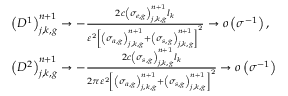
\begin{array} { l } { { \left( D ^ { 1 } \right) _ { j , k , g } ^ { n + 1 } \to - \frac { 2 c \left( \sigma _ { e , g } \right) _ { j , k , g } ^ { n + 1 } l _ { k } } { \varepsilon ^ { \mathrm { 2 } } \left[ \left( \sigma _ { a , g } \right) _ { j , k , g } ^ { n + 1 } + \left( \sigma _ { s , g } \right) _ { j , k , g } ^ { n + 1 } \right] ^ { \mathrm { 2 } } } \to o \left( \sigma ^ { - 1 } \right) \mathrm { , } } } \\ { { \left( D ^ { 2 } \right) _ { j , k , g } ^ { n + 1 } \to - \frac { 2 c \left( \sigma _ { s , g } \right) _ { j , k , g } ^ { n + 1 } l _ { k } } { 2 \pi \varepsilon ^ { \mathrm { 2 } } \left[ \left( \sigma _ { a , g } \right) _ { j , k , g } ^ { n + 1 } + \left( \sigma _ { s , g } \right) _ { j , k , g } ^ { n + 1 } \right] ^ { \mathrm { 2 } } } \to o \left( \sigma ^ { - 1 } \right) } } \end{array}